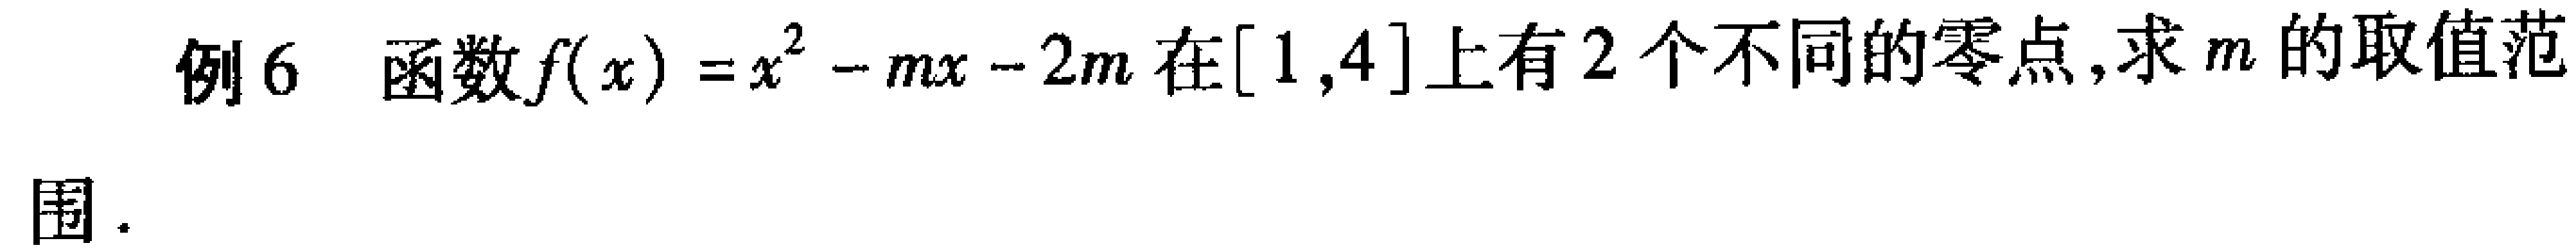
例6 函数\(f(x)=x^{2}-mx - 2m\)在\([1,4]\)上有2个不同的零点,求\(m\)的取值范围.